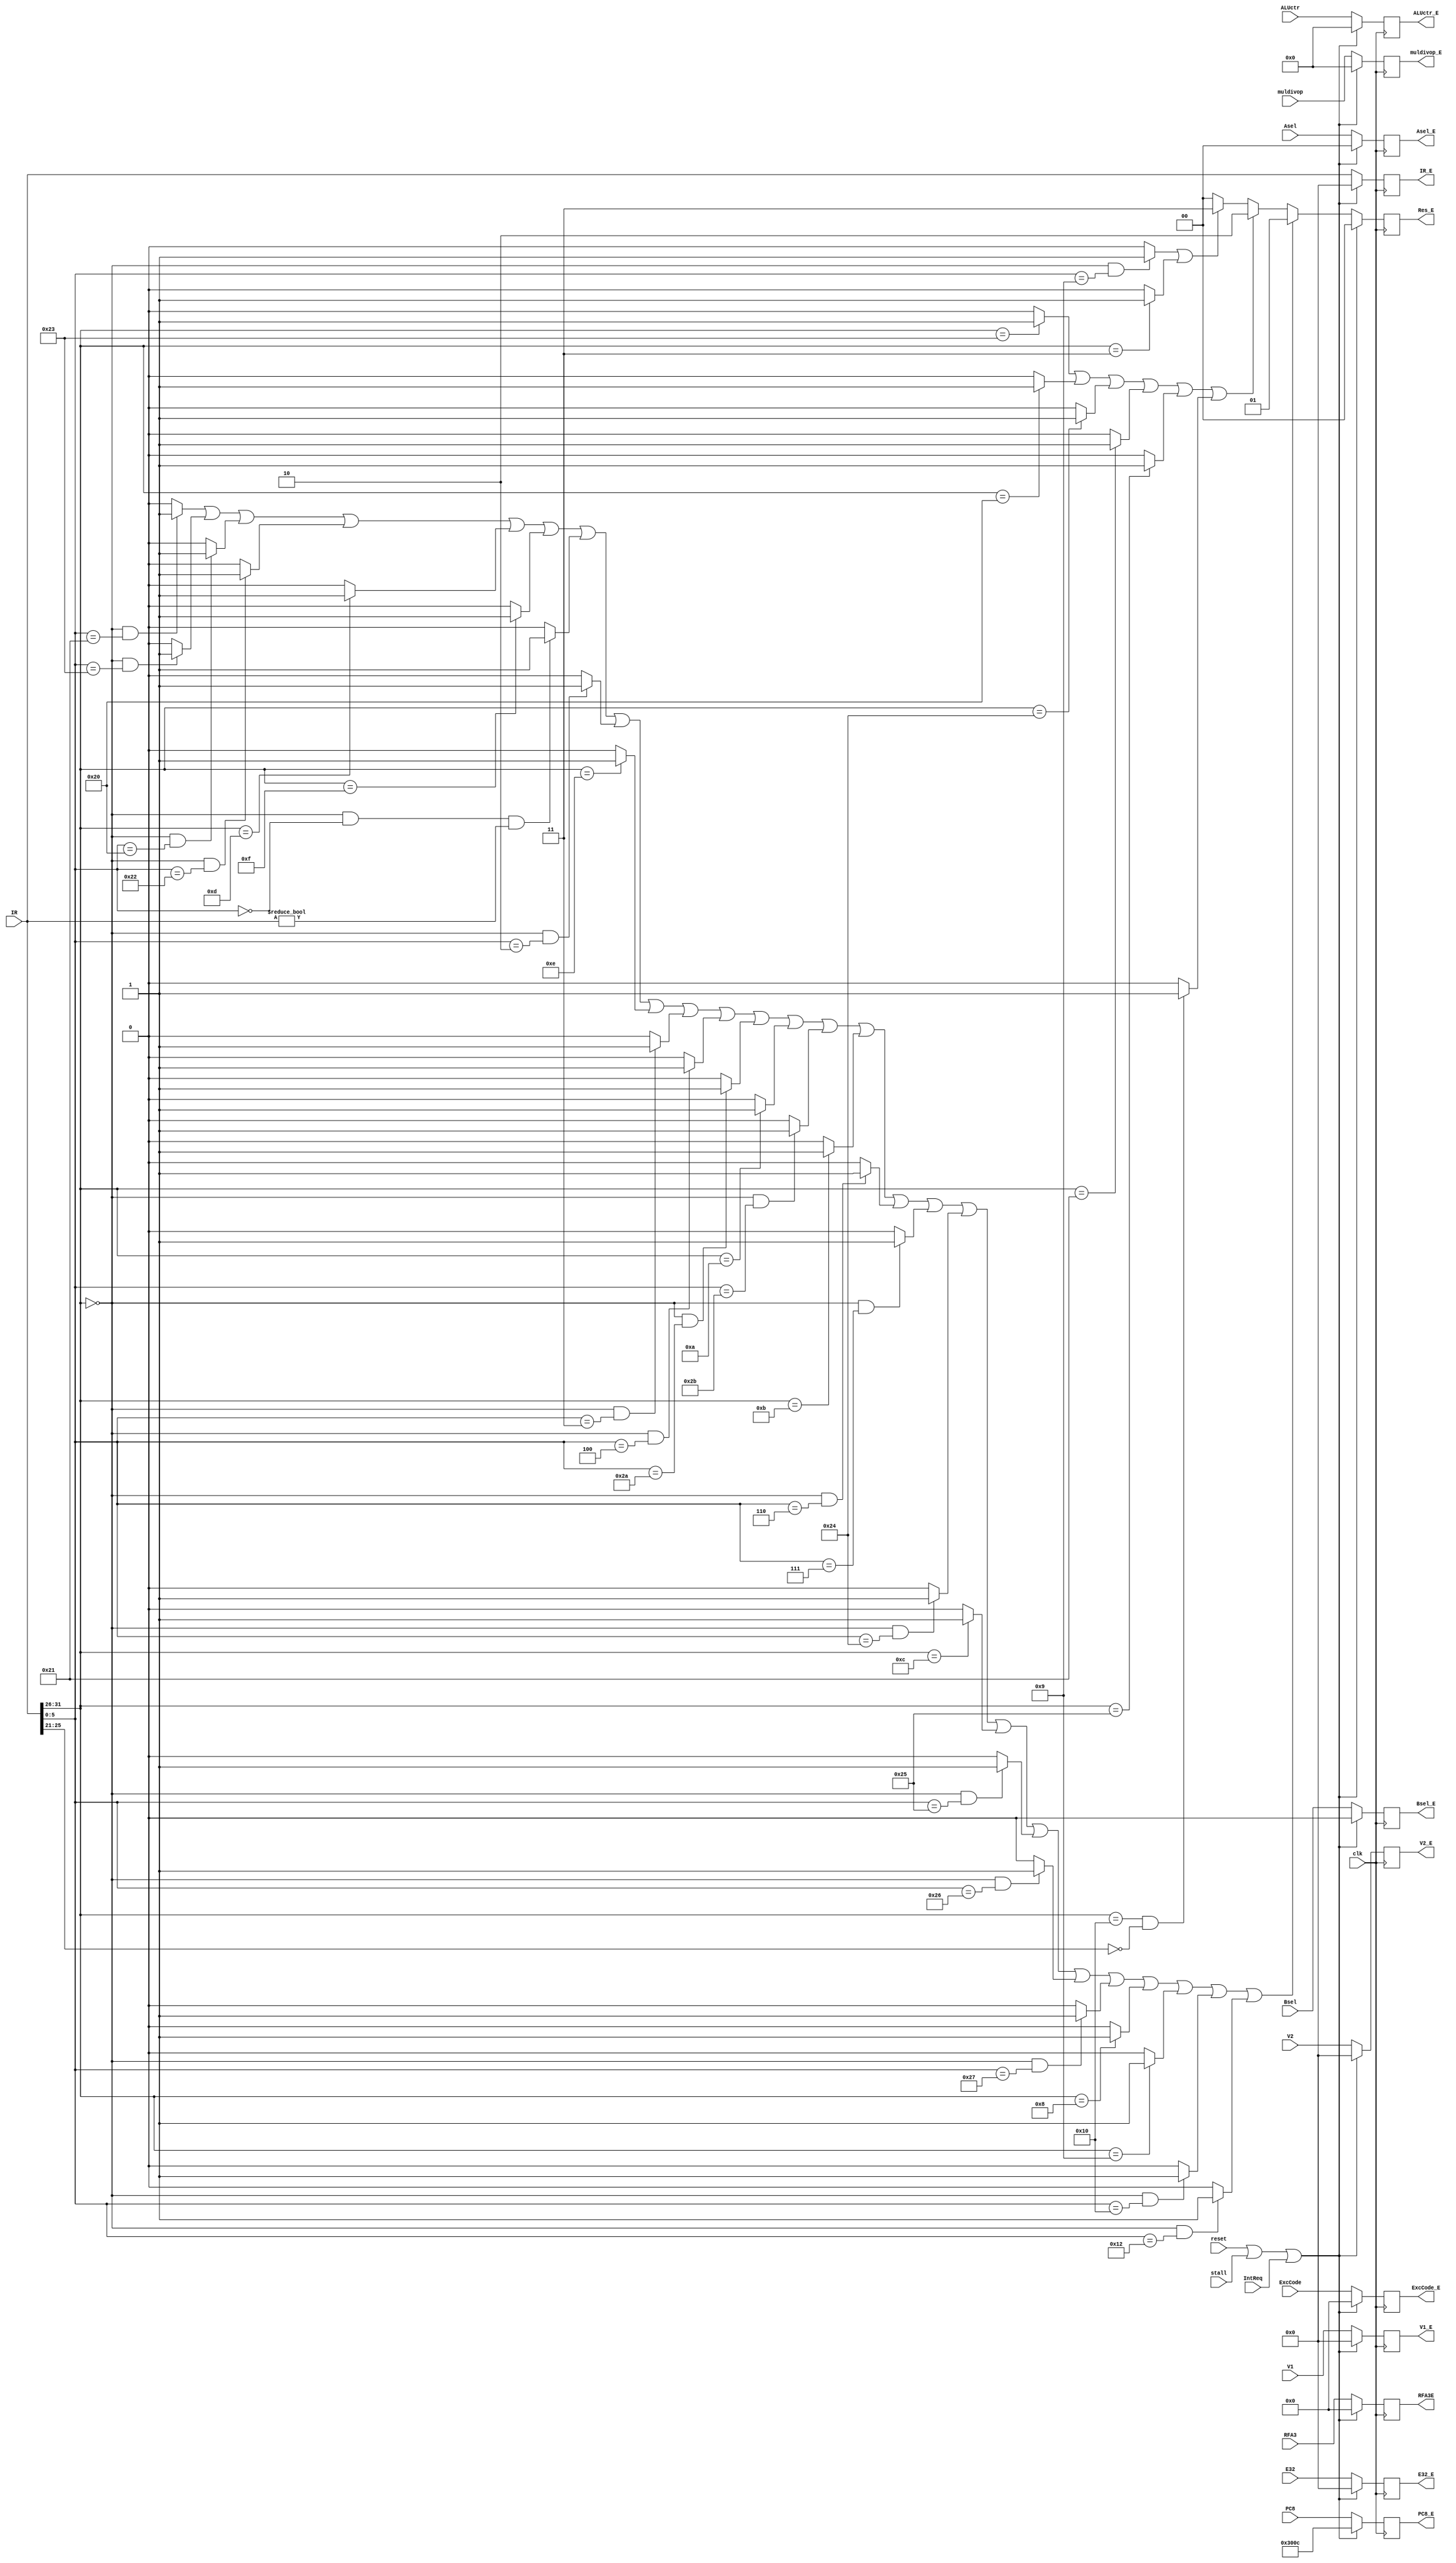
`timescale 1ns / 1ps

`define NW	2'b00
`define ALU 2'b01
`define DM 2'b10
`define PC 2'b11

`define op	31:26
`define func	5:0
`define rs	25:21
`define rt	20:16

`define addu	6'b100001
`define subu	6'b100011
`define jr	6'b001000
`define jalr	6'b001001
`define ori	6'b001101
`define lw	6'b100011
`define sw	6'b101011
`define beq	6'b000100
`define lui	6'b001111
`define xori	6'b001110
`define jal	6'b000011
`define j	6'b000010
`define lb	6'b100000
`define lbu	6'b100100
`define lh	6'b100001
`define lhu	6'b100101
`define sb	6'b101000
`define sh	6'b101001
`define add	6'b100000
`define sub	6'b100010
`define sll	6'b000000
`define srl	6'b000010
`define sra	6'b000011
`define sllv	6'b000100
`define srlv	6'b000110
`define srav	6'b000111
`define andand	6'b100100
`define andi	6'b001100
`define oror	6'b100101
`define xorxor	6'b100110
`define nornor	6'b100111
`define bgez	6'b000001
`define bltz	6'b000001
`define blez	6'b000110
`define bgtz	6'b000111
`define addi	6'b001000
`define addiu	6'b001001
`define slt	6'b101010
`define slti	6'b001010
`define sltu	6'b101011
`define sltiu	6'b001011
`define bne	6'b000101
`define mfhi	6'b010000
`define mflo	6'b010010
`define mfc0	6'b010000

//////////////////////////////////////////////////////////////////////////////////
// Company: 
// Engineer: 
// 
// Design Name: 
// Module Name:    Eregs 
// Project Name: 
// Target Devices: 
// Tool versions: 
// Description: 
//
// Dependencies: 
//
// Revision: 
// Revision 0.01 - File Created
// Additional Comments: 
//
//////////////////////////////////////////////////////////////////////////////////
module Eregs(
	input clk,
	input reset,
	input [31:0] IR,
	input [31:0] PC8,
	input [31:0] V1,
	input [31:0] V2,
	input [31:0] E32,
	input [4:0] RFA3,
	input stall,
	input [1:0] Asel,
	input Bsel,
	input [3:0] ALUctr,
	input [3:0] muldivop,
	input [4:0] ExcCode,
	input IntReq,
	
	output reg [4:0] RFA3E,
	output reg [31:0] IR_E,
	output reg [31:0] PC8_E,
	output reg [31:0] V1_E,
	output reg [31:0] V2_E,
	output reg [31:0] E32_E,
	output reg [1:0] Res_E,
	output reg [1:0] Asel_E,
	output reg Bsel_E,
	output reg [3:0] ALUctr_E,
	output reg [3:0] muldivop_E,
	output reg [4:0] ExcCode_E
    );
	wire addu = (IR[`op] == 6'b0 && IR[`func] == `addu) ? 1 : 0;
	wire subu = (IR[`op] == 6'b0 && IR[`func] == `subu) ? 1 : 0;
	wire add = (IR[`op] == 6'b0 && IR[`func] == `add) ? 1 : 0;
	wire sub = (IR[`op] == 6'b0 && IR[`func] == `sub) ? 1 : 0;
	wire jr = (IR[`op] == 6'b0 && IR[`func] == `jr) ? 1 : 0;
	wire jalr = (IR[`op] == 6'b0 && IR[`func] == `jalr) ? 1 : 0;
	wire ori = (IR[`op] == `ori) ? 1 : 0;
	wire lw = (IR[`op] == `lw) ? 1 : 0;
	wire sw = (IR[`op] == `sw) ? 1 : 0;
	wire beq = (IR[`op] == `beq) ? 1 : 0;
	wire lui = (IR[`op] == `lui) ? 1 : 0;
	wire xori = (IR[`op] == `xori) ? 1 : 0;
	wire jal = (IR[`op] == `jal) ? 1 : 0;
	wire j = (IR[`op] == `j) ? 1 : 0;
	wire lb = (IR[`op] == `lb) ? 1 : 0;
	wire lbu = (IR[`op] == `lbu) ? 1 : 0;
	wire lh = (IR[`op] == `lh) ? 1 : 0;
	wire lhu = (IR[`op] == `lhu) ? 1 : 0;
	wire sb = (IR[`op] == `sb) ? 1 : 0;
	wire sh = (IR[`op] == `sh) ? 1 : 0;
	wire sll = (IR[`op] == 6'b0 && IR[`func] == `sll && IR != 32'b0) ? 1 : 0;
	wire srl = (IR[`op] == 6'b0 && IR[`func] == `srl) ? 1 : 0;
	wire sra = (IR[`op] == 6'b0 && IR[`func] == `sra) ? 1 : 0;
	wire sllv = (IR[`op] == 6'b0 && IR[`func] == `sllv) ? 1 : 0;
	wire srlv = (IR[`op] == 6'b0 && IR[`func] == `srlv) ? 1 : 0;
	wire srav = (IR[`op] == 6'b0 && IR[`func] == `srav) ? 1 : 0;
	wire andand = (IR[`op] == 6'b0 && IR[`func] == `andand) ? 1 : 0;
	wire andi = (IR[`op] == `andi) ? 1 : 0;
	wire oror = (IR[`op] == 6'b0 && IR[`func] == `oror) ? 1 : 0;
	wire xorxor = (IR[`op] == 6'b0 && IR[`func] == `xorxor) ? 1 : 0;
	wire nornor = (IR[`op] == 6'b0 && IR[`func] == `nornor) ? 1 : 0;
	wire bgez = (IR[`op] == `bgez && IR[`rt] == 5'b00001) ? 1 : 0;
	wire bltz = (IR[`op] == `bltz && IR[`rt] == 5'b00000) ? 1 : 0;
	wire blez = (IR[`op] == `blez) ? 1 : 0;
	wire bgtz= (IR[`op] == `bgtz) ? 1 : 0;
	wire addi = (IR[`op] == `addi) ? 1 : 0;
	wire addiu = (IR[`op] == `addiu) ? 1 : 0;
	wire slt = (IR[`op] == 6'b0 && IR[`func] == `slt) ? 1 : 0;
	wire slti= (IR[`op] == `slti) ? 1 : 0;
	wire sltu = (IR[`op] == 6'b0 && IR[`func] == `sltu) ? 1 : 0;
	wire sltiu= (IR[`op] == `sltiu) ? 1 : 0;
	wire bne= (IR[`op] == `bne) ? 1 : 0;
	wire mfhi = (IR[`op] == 6'b0 && IR[`func] == `mfhi) ? 1 : 0;
	wire mflo = (IR[`op] == 6'b0 && IR[`func] == `mflo) ? 1 : 0;
	wire mfc0 = (IR[`op] == `mfc0 && IR[`rs] == 5'b0) ? 1 : 0;
	
	initial begin
		IR_E = 0;
		PC8_E = 32'h0000300c;
		V1_E = 0;
		V2_E = 0;
		E32_E = 0;
		Res_E = 0;
		RFA3E = 0;
		Asel_E = 0;
		Bsel_E = 0;
		ALUctr_E = 0;
		muldivop_E = 0;
		ExcCode_E = 0;
	end
	
	always @(posedge clk) begin
		if (reset == 1 || stall == 1 || IntReq == 1) begin
			IR_E = 0;
			PC8_E = 32'h0000300c;
			V1_E = 0;
			V2_E = 0;
			E32_E = 0;
			RFA3E = 0;
			Asel_E = 0;
			Bsel_E = 0;
			ALUctr_E = 0;
			Res_E = 0;
			muldivop_E = 0;
			ExcCode_E = 0;
		end
		else begin
		/*res:*/
			Res_E = (addu || subu || add || sub || ori || lui || sll || srl || xori || sra || sllv || slt || slti || sltu || sltiu
						|| srlv || srav || andand || andi || oror || xorxor || nornor || addi || addiu || mfhi || mflo) ? `ALU :
					  (lw || lb || lbu || lh || lhu || mfc0) ? `DM :
					  (jalr || jal) ? `PC : `NW;
			IR_E <= IR;
			PC8_E <= PC8;
			V1_E <= V1;
			V2_E <= V2;
			E32_E <= E32;
			RFA3E <= RFA3;
			Asel_E <= Asel;
			Bsel_E <= Bsel;
			ALUctr_E <= ALUctr;
			muldivop_E <= muldivop;
			ExcCode_E <= ExcCode;
		end
	end
endmodule